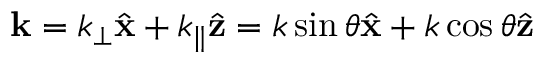
\mathbf { k } = k _ { \perp } \hat { \mathbf { x } } + k _ { \parallel } \hat { \mathbf { z } } = k \sin \theta \hat { \mathbf { x } } + k \cos \theta \hat { \mathbf { z } }